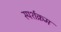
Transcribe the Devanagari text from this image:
स्पर्शक्रम